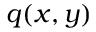
q ( x , y )